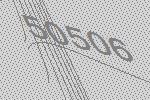
50506